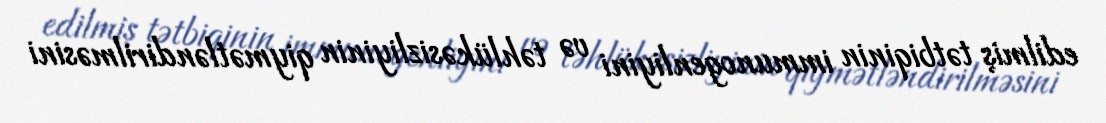
edilmiş tətbiqinin immunogenliyini və təhlükəsizliyinin qiymətləndirilməsini